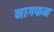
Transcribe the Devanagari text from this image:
नागफन